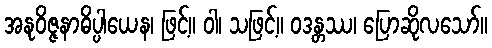
အနုဝိဇ္ဇနာဓိပ္ပါယေန၊ ဖြင့်။ ဝါ၊ သဖြင့်။ ဝဒန္တဿ၊ ပြောဆိုလသော်။